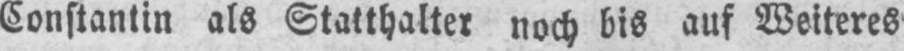
Constantin als Statthalter noch bis auf Weiteres